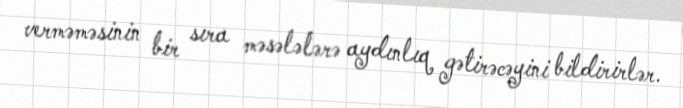
verməməsinin bir sıra məsələlərə aydınlıq gətirəcəyini bildirirlər.